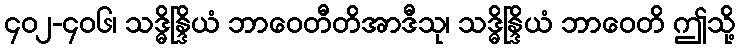
၄၀၂-၄၀၆၊ သဒ္ဓိန္ဒြိယံ ဘာဝေတီတိအာဒီသု၊ သဒ္ဓိန္ဒြိယံ ဘာဝေတိ ဤသို့